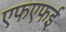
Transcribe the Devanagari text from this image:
एफएफई